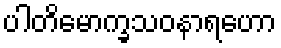
ပါတိမောက္ခသဝနာရဟော